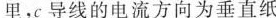
里，c导线的电流方向为垂直纸